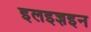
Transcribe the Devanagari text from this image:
इलइज्ञइन